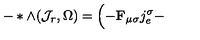
- * \wedge ( { \cal J } _ { r } , \Omega ) = \Bigl ( - { \bf F } _ { \mu \sigma } j _ { e } ^ { \sigma } -